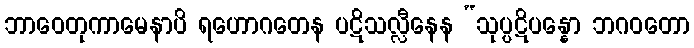
ဘာဝေတုကာမေနာပိ ရဟောဂတေန ပဋိသလ္လီနေန “သုပ္ပဋိပန္နော ဘဂဝတော